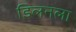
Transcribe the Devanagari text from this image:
डिलनला